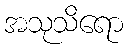
အသုသိရော